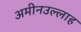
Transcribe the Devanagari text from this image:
अमीनउल्लाह